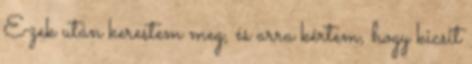
Ezek után kerestem meg, és arra kértem, hogy kicsit